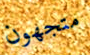
متجهون